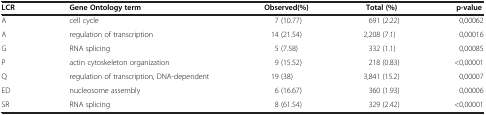
<table><thead><tr><td><b>LCR</b></td><td><b>Gene Ontology term</b></td><td><b>Observed(%)</b></td><td><b>Total (%)</b></td><td><b>p-value</b></td></tr></thead><tbody><tr><td>A</td><td>cell cycle</td><td>7 (10.77)</td><td>691 (2.22)</td><td>0,00062</td></tr><tr><td>A</td><td>regulation of transcription</td><td>14 (21.54)</td><td>2,208 (7.1)</td><td>0,00016</td></tr><tr><td>G</td><td>RNA splicing</td><td>5 (7.58)</td><td>332 (1.1)</td><td>0,00085</td></tr><tr><td>P</td><td>actin cytoskeleton organization</td><td>9 (15.52)</td><td>218 (0.83)</td><td>&lt;0,00001</td></tr><tr><td>Q</td><td>regulation of transcription, DNA-dependent</td><td>19 (38)</td><td>3,841 (15.2)</td><td>0,00007</td></tr><tr><td>ED</td><td>nucleosome assembly</td><td>6 (16.67)</td><td>360 (1.93)</td><td>0,00006</td></tr><tr><td>SR</td><td>RNA splicing</td><td>8 (61.54)</td><td>329 (2.42)</td><td>&lt;0,00001</td></tr></tbody></table>